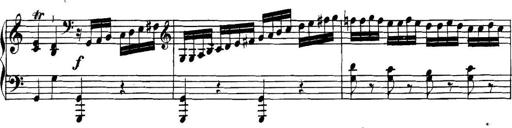
Title: Collected Piano Sonatas
Composer: Muzio Clementi